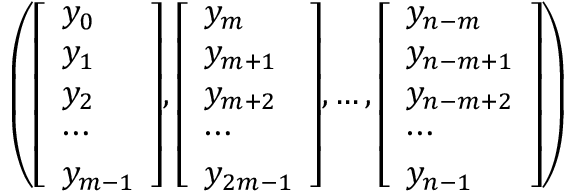
\left( { \left[ \begin{array} { l } { y _ { 0 } } \\ { y _ { 1 } } \\ { y _ { 2 } } \\ { \cdots } \\ { y _ { m - 1 } } \end{array} \right] } , { \left[ \begin{array} { l } { y _ { m } } \\ { y _ { m + 1 } } \\ { y _ { m + 2 } } \\ { \cdots } \\ { y _ { 2 m - 1 } } \end{array} \right] } , \ldots , { \left[ \begin{array} { l } { y _ { n - m } } \\ { y _ { n - m + 1 } } \\ { y _ { n - m + 2 } } \\ { \cdots } \\ { y _ { n - 1 } } \end{array} \right] } \right)